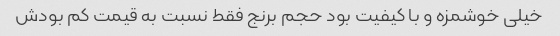
خیلی خوشمزه و با کیفیت بود حجم برنج فقط نسبت به قیمت کم بودش